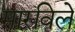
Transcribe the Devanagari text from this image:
मारविले